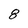
Character: 8